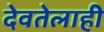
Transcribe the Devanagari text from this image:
देवतेलाही